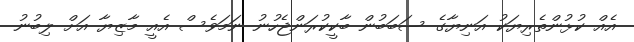
އެއް ކުޅުންތެރިޔަކު އަނިޔާގެ ސަބަބުން ބާކީކުރަންޖެހުނު ނަމަވެސް އެއީ މާޒިޔާ އަށް ލިބުނު